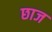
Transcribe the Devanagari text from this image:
छाज